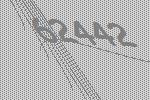
62442